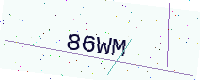
Text: 86WM